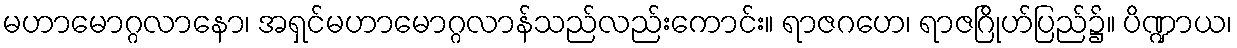
မဟာမောဂ္ဂလာနော၊ အရှင်မဟာမောဂ္ဂလာန်သည်လည်းကောင်း။ ရာဇဂဟေ၊ ရာဇဂြိုဟ်ပြည်၌။ ပိဏ္ဍာယ၊